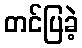
တင်ပြခဲ့